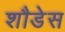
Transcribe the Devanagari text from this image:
शौडेस